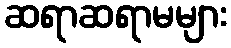
ဆရာဆရာမများ